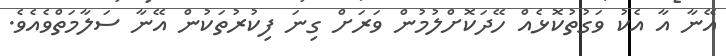
އޭނާ އާ އެކު ވަގުތުކޮޅެއް ހޭދަކޮށްލުމުން ވަރަށް ގިނަ ފިކުރުތަކުން އޭނާ ސަލާމަތްވެއެވެ.